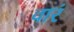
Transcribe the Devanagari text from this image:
वारं